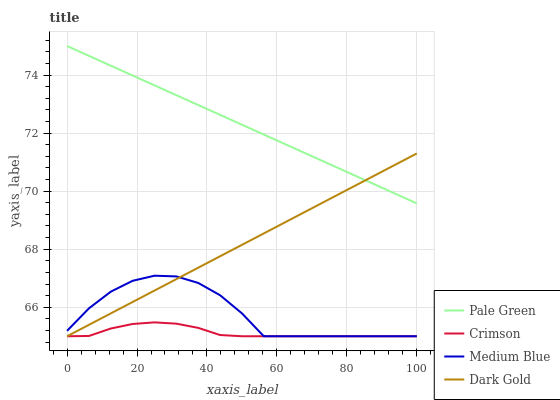
| xaxis_label | Pale Green | Crimson | Medium Blue | Dark Gold |
 | --- | --- | --- | --- | --- |
 | 0 | 75 | 65 | 65.2 | 65 |
 | 6.25 | 74.7 | 65 | 66 | 65.4 |
 | 12.5 | 74.3 | 65.3 | 66.5 | 65.8 |
 | 18.8 | 74 | 65.4 | 66.9 | 66.2 |
 | 25 | 73.6 | 65.5 | 67.1 | 66.6 |
 | 31.2 | 73.3 | 65.4 | 67.1 | 67 |
 | 37.5 | 73 | 65.3 | 66.8 | 67.4 |
 | 43.8 | 72.6 | 65 | 66.4 | 67.8 |
 | 50 | 72.3 | 65 | 65.8 | 68.1 |
 | 56.2 | 71.9 | 65 | 65 | 68.5 |
 | 62.5 | 71.6 | 65 | 65 | 68.9 |
 | 68.8 | 71.3 | 65 | 65 | 69.3 |
 | 75 | 70.9 | 65 | 65 | 69.7 |
 | 81.2 | 70.6 | 65 | 65 | 70.1 |
 | 87.5 | 70.3 | 65 | 65 | 70.5 |
 | 93.8 | 69.9 | 65 | 65 | 70.9 |
 | 100 | 69.6 | 65 | 65 | 71.3 |